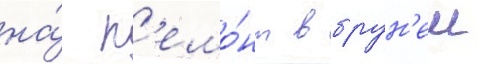
на́ р'емо́нт в брун'еи